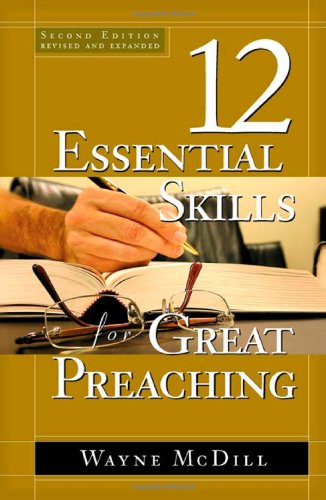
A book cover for The 12 Essential Skills for Great Preaching - Second Edition; Wayne McDill; Christian Books & Bibles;